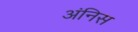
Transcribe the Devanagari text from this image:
अंनिस